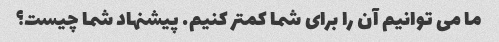
ما می توانیم آن را برای شما کمتر کنیم. پیشنهاد شما چیست؟